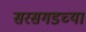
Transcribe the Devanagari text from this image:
सरसगडच्या